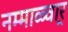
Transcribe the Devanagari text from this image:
नम्माळ्वार्